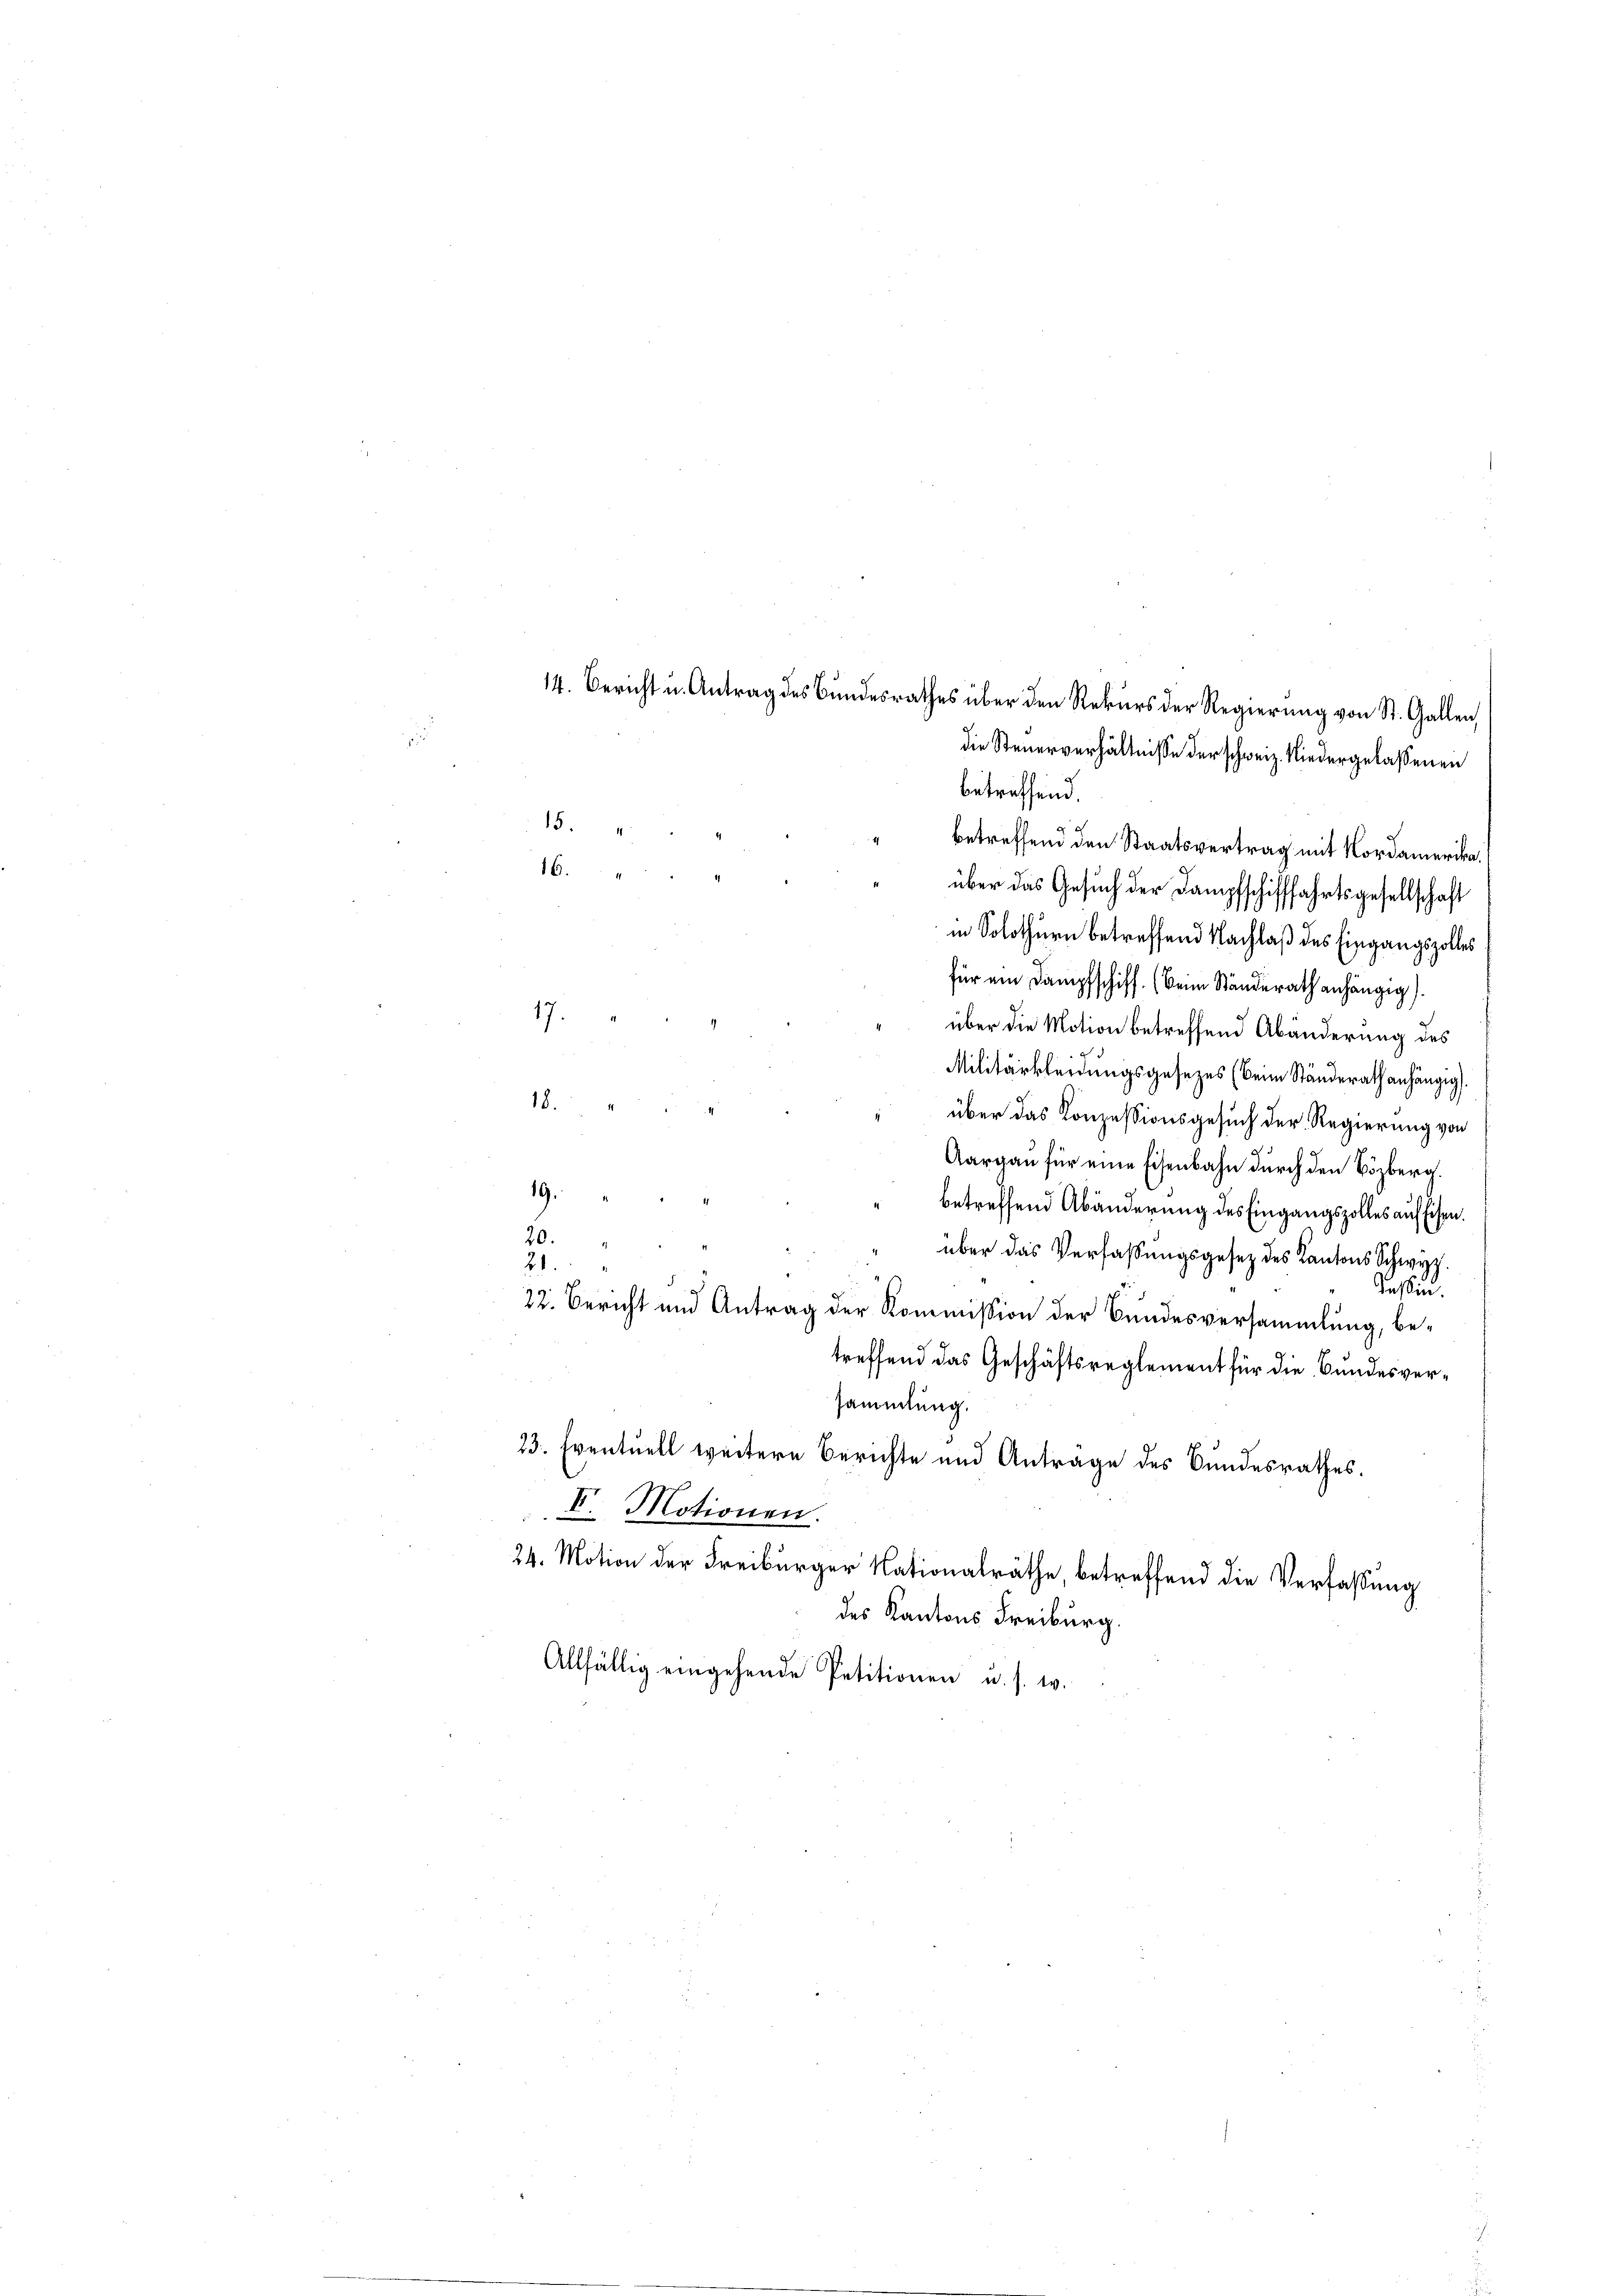
in Solothurn betreffend Nachlaß des Eingangszolles
für ein Dampfschiff. (Beim Ständerath anhängig)
17.
über die Motion betreffend Abänderung des
Militärkleidungsgesezes (beim Ständerath anhängig.
18.
über das Konzessionsgesuch der Regierung von
Aargau für eine Eisenbahn durch den Bözberg.
19.
betreffend Abänderung des Eingangszolles auf Eisen.
20.
e
über das Verfassungsgesez des Kantons Schwyz.
21.
J
Kassin.
22. Bericht und Antrag der Kommission der Bundesversammlung, betreffend das Geschäftsreglement für die Bundesversammlung.
23. Eventuell weitere Berichte und Antrage des Bundesrathes.
V. Motionen.
24. Motion der Freiburger Nationalräthe, betreffend die Verfassung
des Kantons Freiburg.
Allfällig eingehende Petitionen u. s. w.

14. Bericht u. Antrag des Bundesrathes über den Rekurs der Regierŭng von St. Gallen,
die Steuerverhältnisse der schweiz. Niedergelassenen
betreffend.
15.
betreffend den Staatsvertrag mit Nordamerika¬
16.
über das Gesuch der Dampfschifffahrtsgesellschaft